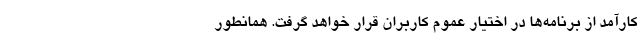
کارآمد از برنامه‌ها در اختیار عموم کاربران قرار خواهد گرفت. همانطور